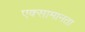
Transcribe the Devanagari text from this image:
एक्सामानता